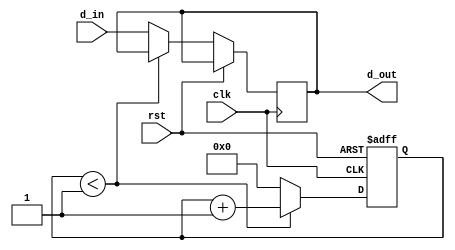
module dff_delay(
    input wire clk,
    input wire rst,
    input wire d_in,
    output reg d_out
);

// Timing control and synchronization block
reg [7:0] delay_counter;
reg [7:0] delay_value = 8'b00000001; // Adjust delay value as needed

always @(posedge clk or posedge rst) begin
    if (rst) begin
        delay_counter <= 8'b00000000;
    end
    else begin
        if (delay_counter < delay_value) begin
            delay_counter <= delay_counter + 1;
        end
        else begin
            d_out <= d_in;
            delay_counter <= 8'b00000000;
        end
    end
end

endmodule